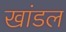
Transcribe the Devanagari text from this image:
खांडल